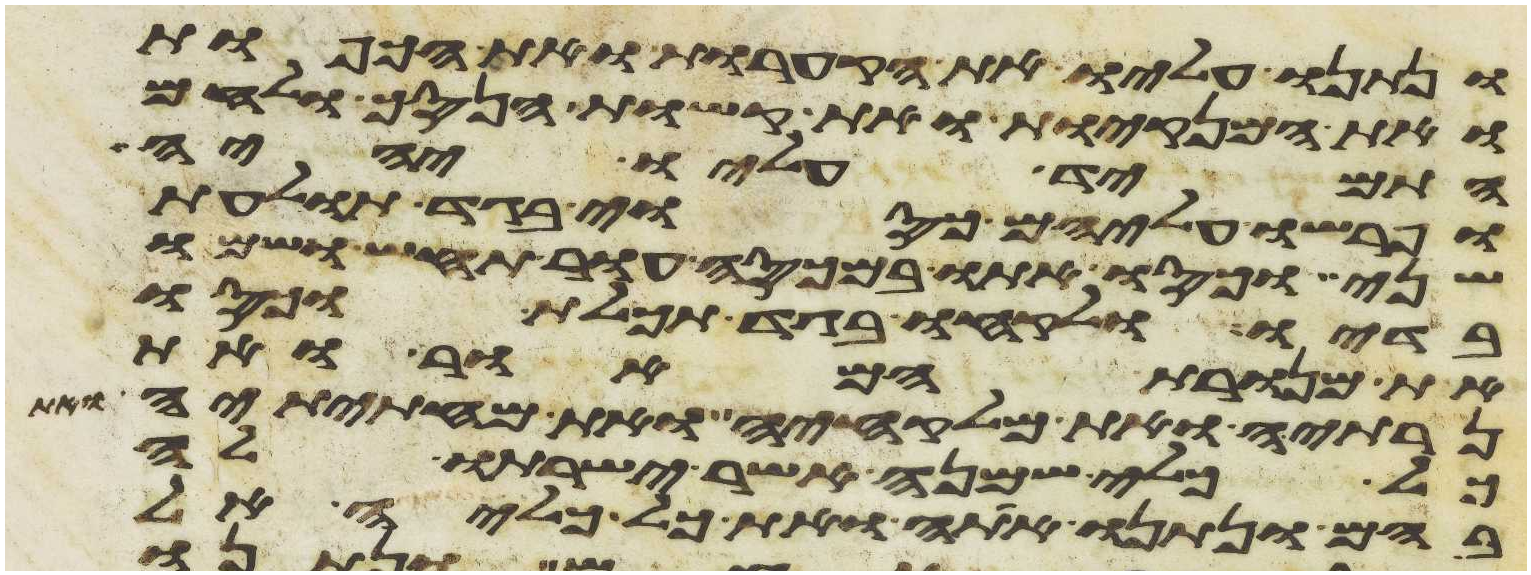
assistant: ונתנו עליו את הקערות ואת הכפות
ואת המנקיות ואת קשות הנסך ולחם
התמיד עליו יהיה
ופרשו עליהם כסוי בגד תולעת
שני וכסו אתו במכסה עור תחש ושמו
בדיו ולקחו בגד תכלת וכסו
את מנורת המאור ואת
נרתיה ואת מלקחיה ואת מחתיתיה ואת
כל כלי שמנה אשר ישרתו לה
בהם ונתנו אתה ואת כל כליה אל